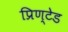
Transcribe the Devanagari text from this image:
प्रिण्टेड